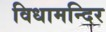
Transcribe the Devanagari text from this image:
विधामन्दिर